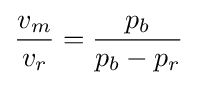
{\frac {v_{m}}{v_{r}}}={\frac {p_{b}}{p_{b}-p_{r}}}